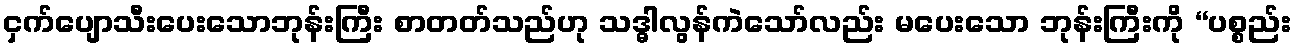
ငှက်ပျောသီးပေးသောဘုန်းကြီး စာတတ်သည်ဟု သဒ္ဓါလွန်ကဲသော်လည်း မပေးသော ဘုန်းကြီးကို “ပစ္စည်း